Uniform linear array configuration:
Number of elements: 64
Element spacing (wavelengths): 0.75
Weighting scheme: hann
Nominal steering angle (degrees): -60
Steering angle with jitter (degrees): -61.21
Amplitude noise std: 0.05
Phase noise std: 0.05

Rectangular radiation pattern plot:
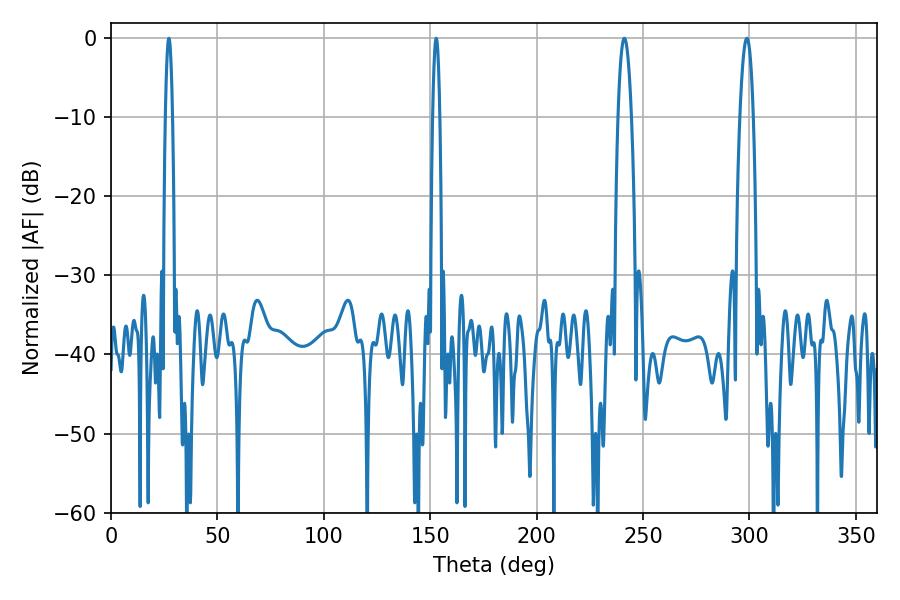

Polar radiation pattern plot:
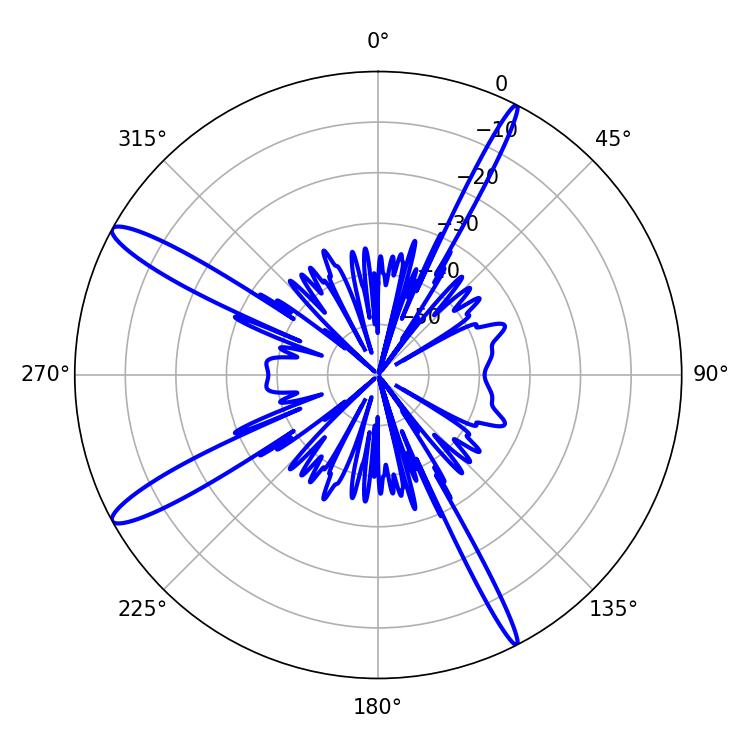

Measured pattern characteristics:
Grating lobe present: TRUE
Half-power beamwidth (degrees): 1.8
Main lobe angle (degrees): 27.18